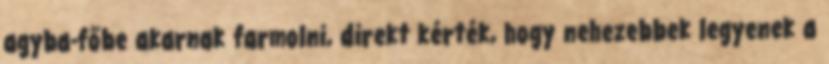
agyba-főbe akarnak farmolni, direkt kérték, hogy nehezebbek legyenek a